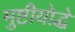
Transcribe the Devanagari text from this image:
मुष्टीयोद्धे